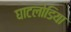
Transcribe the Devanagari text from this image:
घाटलोडिया